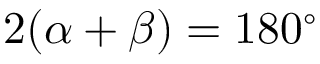
2 ( \alpha + \beta ) = 1 8 0 ^ { \circ }